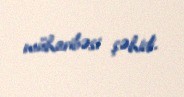
müharibəsi şəhidi.